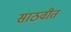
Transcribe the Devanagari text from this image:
साठवीत